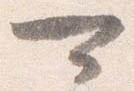
可